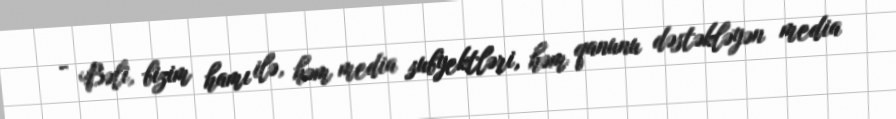
- Bəli, bizim hamı ilə, həm media subyektləri, həm qanunu dəstəkləyən media